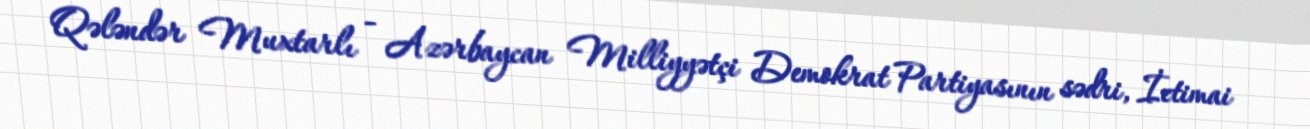
Qələndər Muxtarlı - Azərbaycan Milliyyətçi Demokrat Partiyasının sədri, İctimai